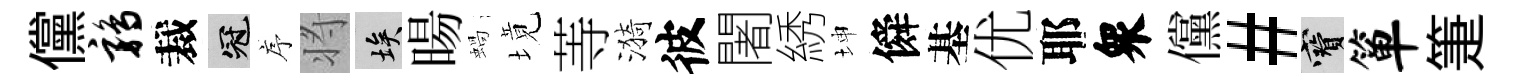
儻鹑裁冠序将埃暘蝸境䓁漪彼闍綉坤僢基优耶衆儻#寶箪箑